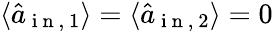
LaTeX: \langle\hat{a}_{\mathrm{~i~n~,~}1}\rangle=\langle\hat{a}_{\mathrm{~i~n~,~}2}\rangle=0